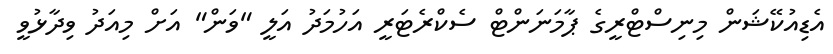
އެޑިއުކޭޝަން މިނިސްޓްރީގެ ޕާމަނަންޓް ސެކްރެޓަރީ އަހުމަދު އަލީ "ވަން" އަށް މިއަދު ވިދާޅުވީ